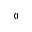
_ 0